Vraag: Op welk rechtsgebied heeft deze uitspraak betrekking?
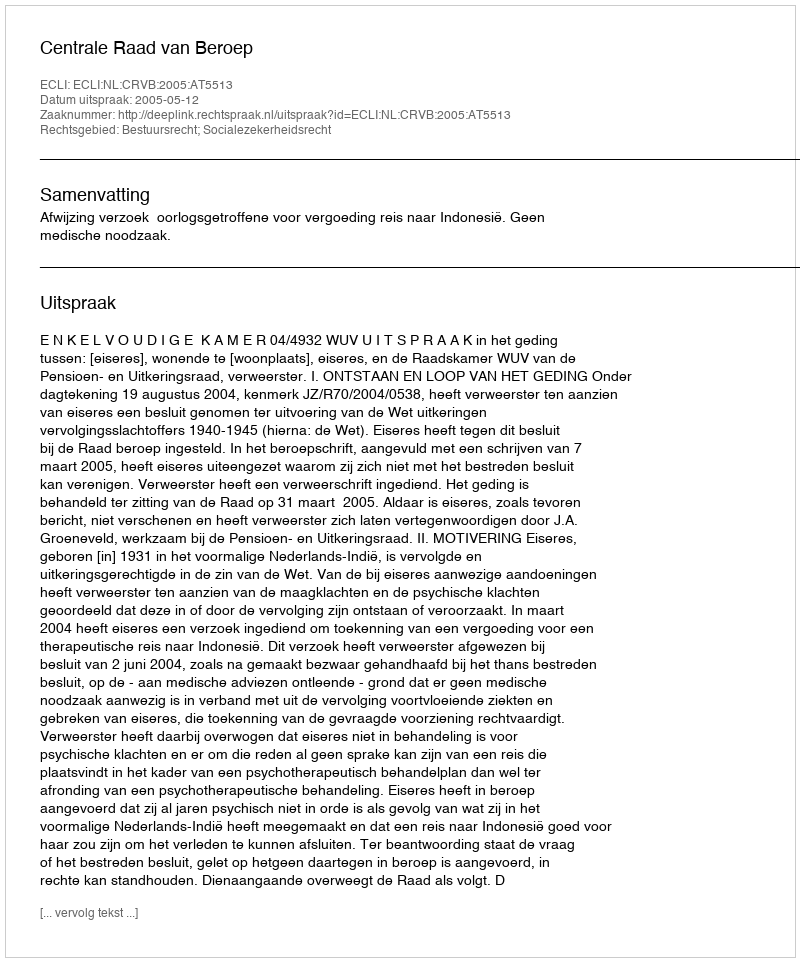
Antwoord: Bestuursrecht; Socialezekerheidsrecht